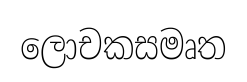
ලොචකසමෘත